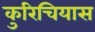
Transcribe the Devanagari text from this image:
कुरिचियास